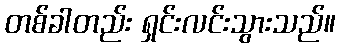
တစ်ခါတည်း ရှင်းလင်းသွားသည်။